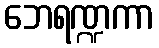
ဘေရဏ္ဍကာ